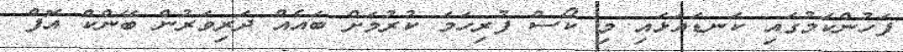
ފަހުންކަމުގައި ކަނޑައަޅައި މި ކޯސް ފުރިހަމަ ކުރުމަށް ބައެއް ދަރިވަރުން ބޭންކް އޮފް